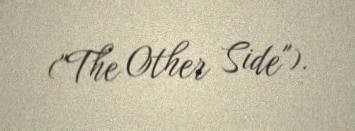
("The Other Side").